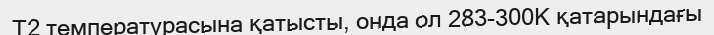
Т2 температурасына қатысты, онда ол 283-300К қатарындағы